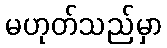
မဟုတ်သည်မှာ